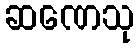
ဆဏေသု